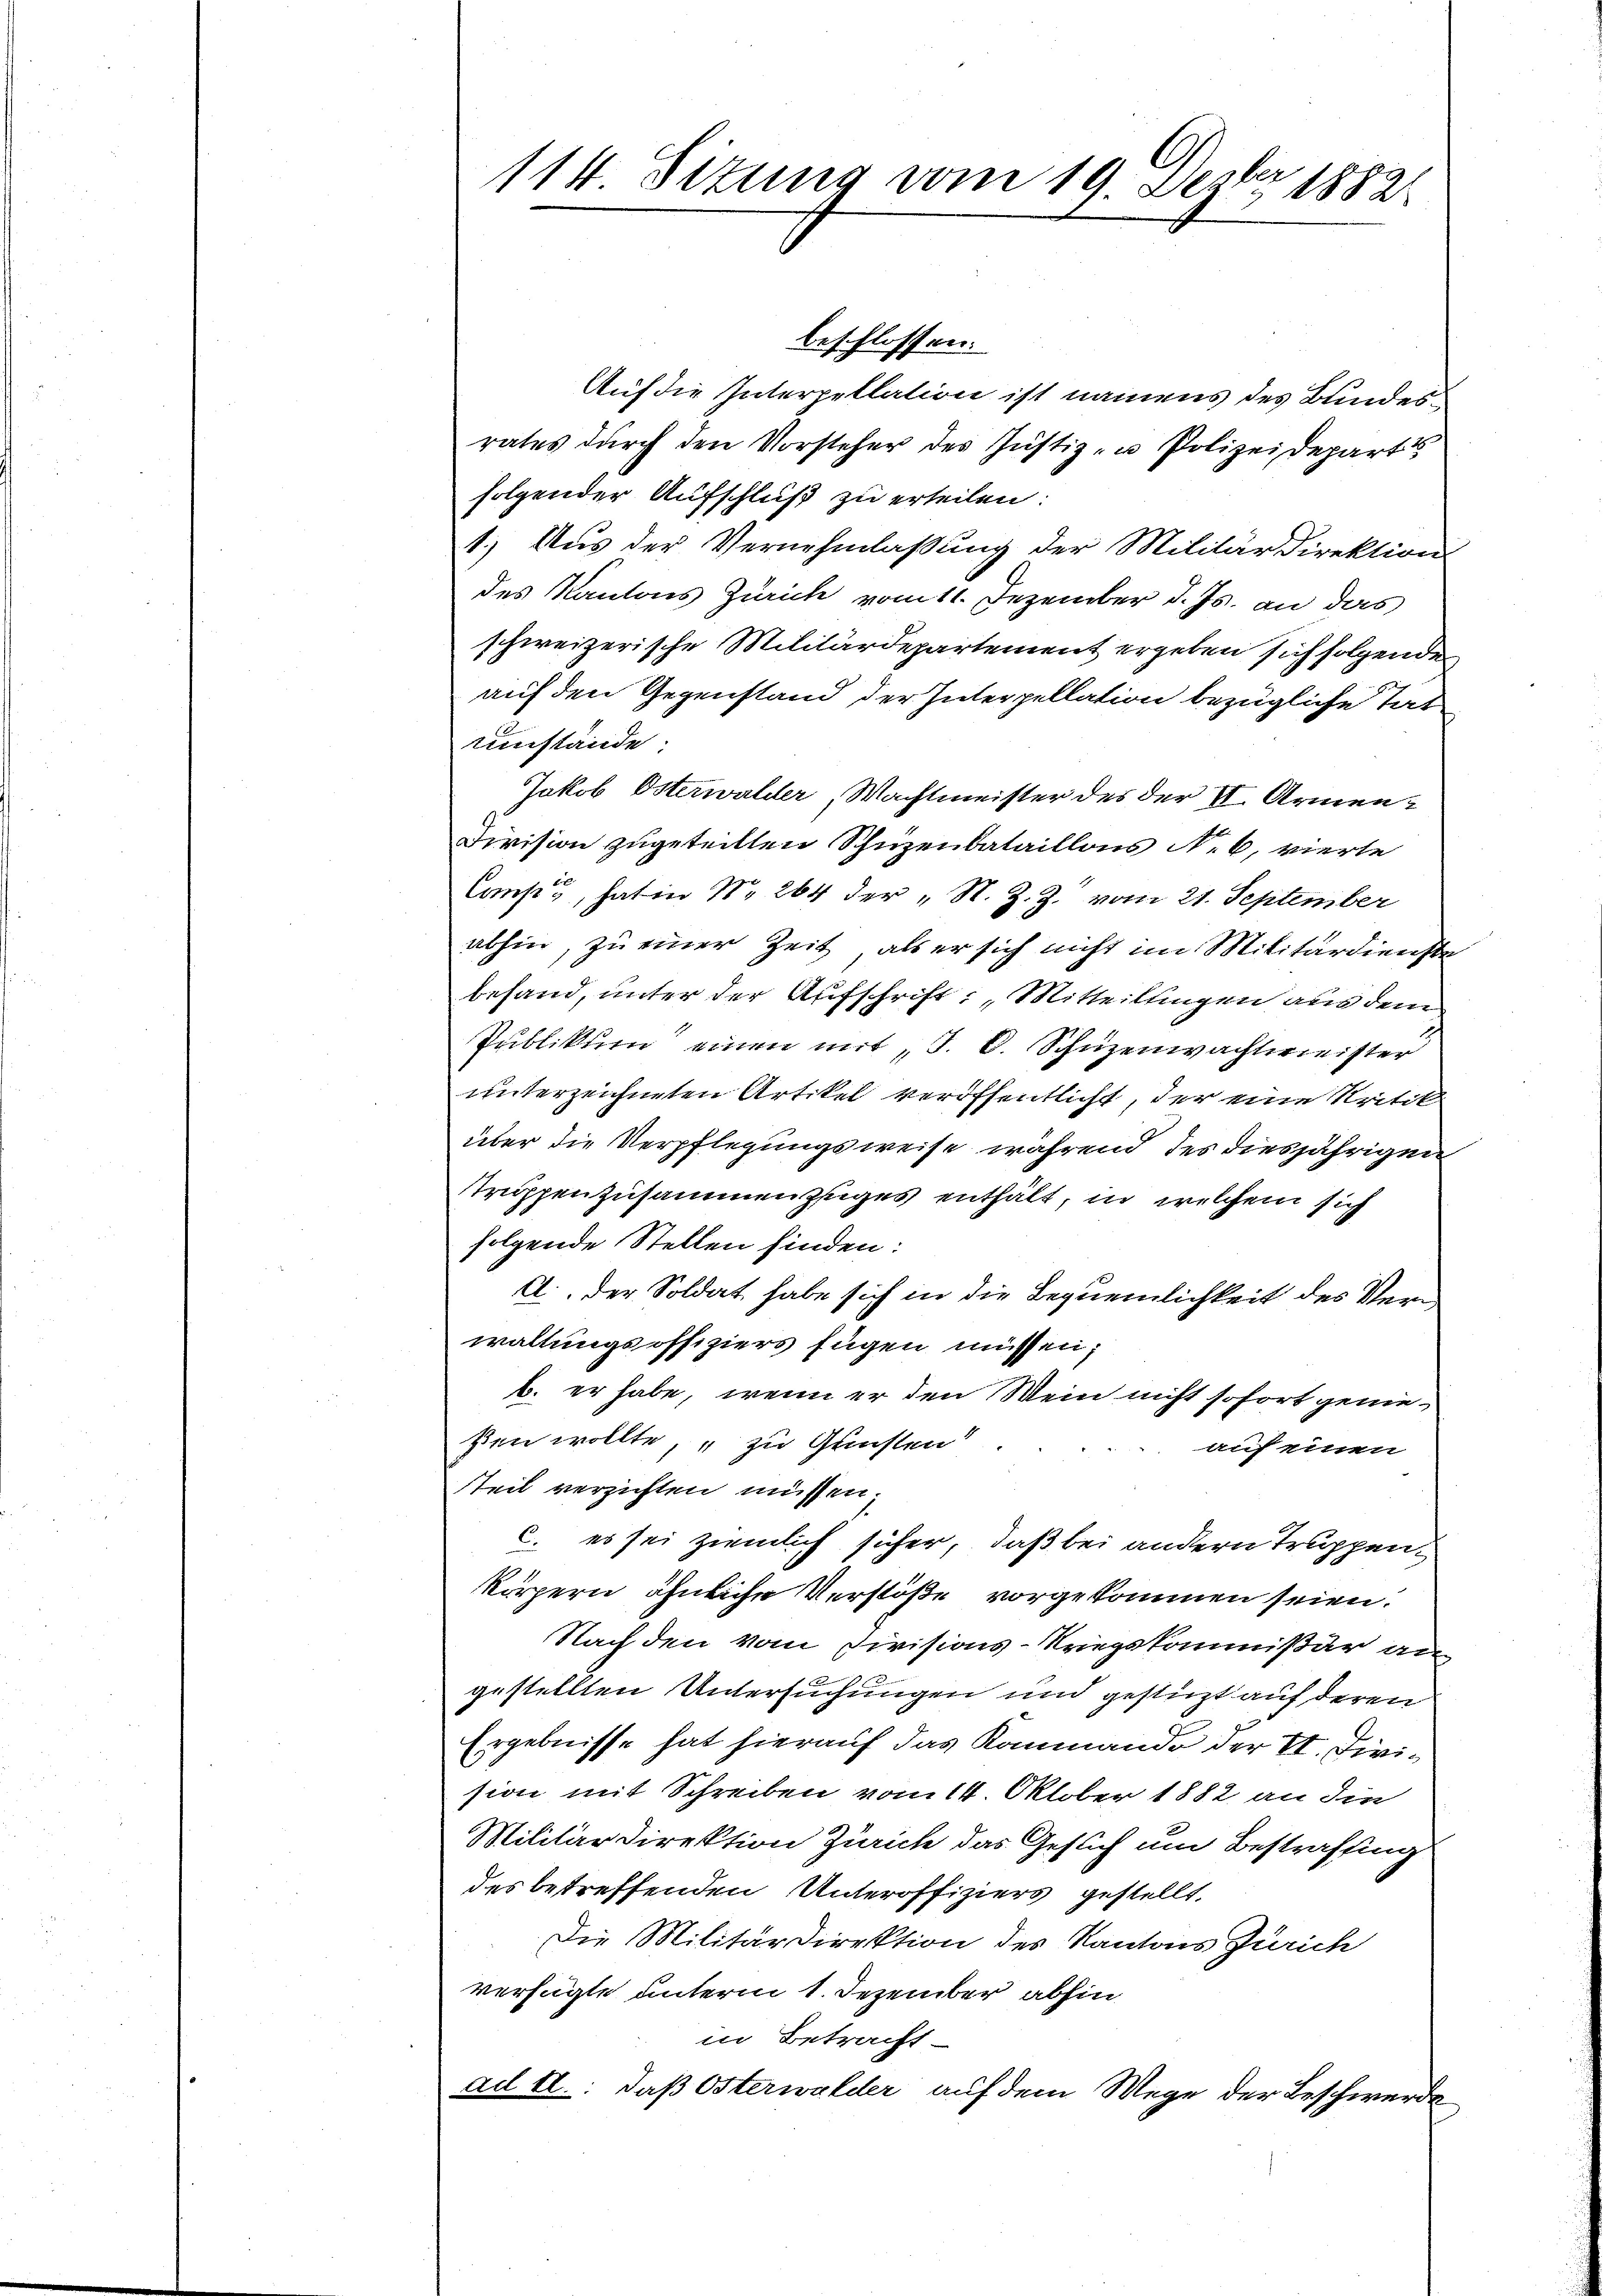
le
114. Sitzung vom 19. Dez. 1882

beschlossen:
Auf die Interpellation ist namens des Bundesrates durch den Vorsteher des Justiz- u Polizeideparts
folgender Aufschluß zu erteilen:
1.) Aus der Vernehmlassung der Militärdirektion
des Kantons Zürich vom 11. Dezember d. Js. an das
schweizerische Militärdepartement ergeben sich folgenden
auf den Gegenstand der Interpellation bezügliche Tat
Umstände:
Jakob Osterwalder, Wachtmeister des der II. Armen¬
Division zugeteilten Schuzenbataillons No 6, vierte
Cops, hat in No 264 der „N. Z. Z. vom 21. September
abhin, zu einer Zeit, als er sich nicht im Militärdienste
befand, unter der Aufschrift: „Mitteillingen aus dem
Publikum einen mit J. C. Schüzenwachtmeister
unterzeichneten Artikel veröffentlicht, der eine Kritik
über die Verpflegungsweise während des diesjährigen
Truppenzusammenzuges enthält, in welchem sich
folgende Stellen finden:
A.. Der Soldat habe sich in die Bequemlichkeit des Verwaltungsoffiziers fügen müssen;
b. er habe, wenn er den Mein nicht sofort genießen wollte, zu Gunsten!
auf einen
Teil verzichten müssen.
c. es sei ziemlich sicher, daß bei andern Truppen,
körpern ähnliche Verstöße vorgekommen seien.
Nach den vom Divisions-Kriegskommißär an
gestellten Untersuchungen und gestüzt auf deren
Ergebnisse hat hierauf das Kommando der II. Division mit Schreiben vom 14. Oktober 1882 an die
Militärdirektion Zürich das Gesuch um Bestraffing
des betreffenden Unteroffiziers gestellt.
Die Militärdirektion des Kantons Zürich
verfügte unterm 1. Dezember abhin
in Betracht
ad E.: daß Osterwalder auf dem Wege der Beschwerde